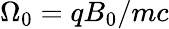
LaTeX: \Omega_{0}=qB_{0}/mc